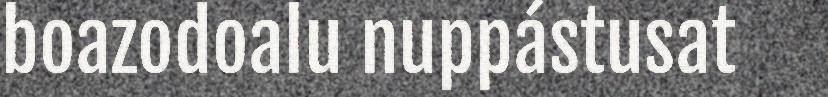
boazodoalu nuppástusat